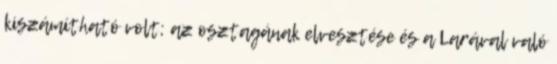
kiszámítható volt; az osztagának elvesztése és a Larával való